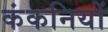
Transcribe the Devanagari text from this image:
कंकनियों